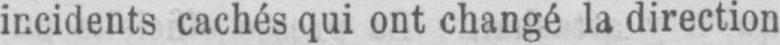
incidents cachés qui ont changé la direction